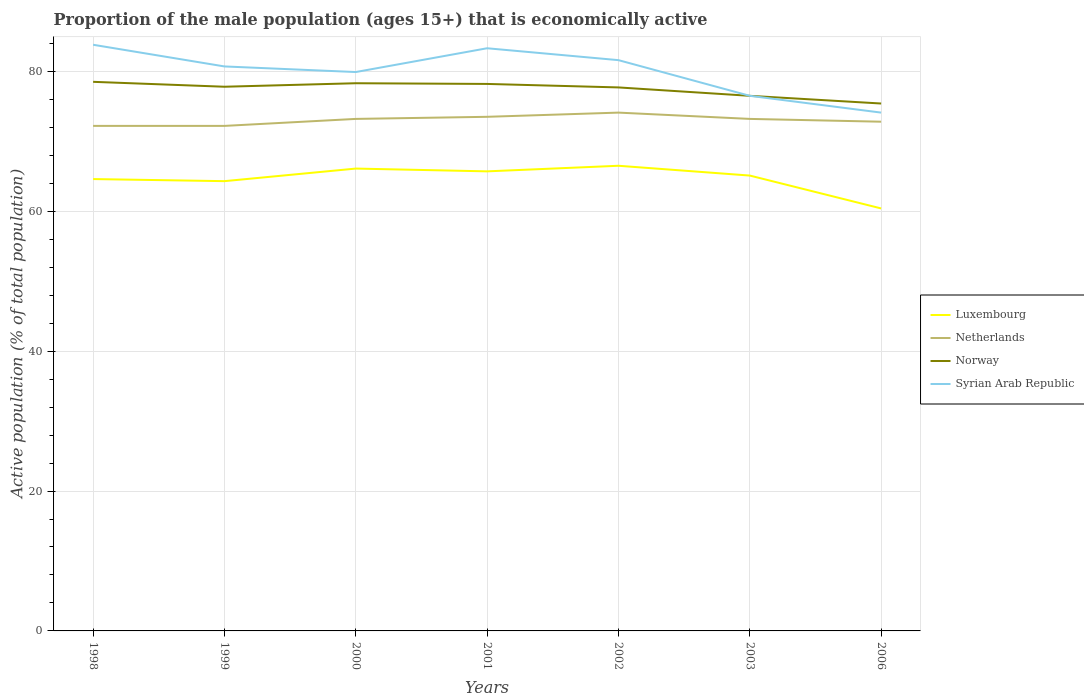
| Years | Luxembourg | Netherlands | Norway | Syrian Arab Republic |
 | --- | --- | --- | --- | --- |
 | 1998 | 64.6 | 72.2 | 78.5 | 83.8 |
 | 1999 | 64.3 | 72.2 | 77.8 | 80.7 |
 | 2000 | 66.1 | 73.2 | 78.3 | 79.9 |
 | 2001 | 65.7 | 73.5 | 78.2 | 83.3 |
 | 2002 | 66.5 | 74.1 | 77.7 | 81.6 |
 | 2003 | 65.1 | 73.2 | 76.5 | 76.5 |
 | 2006 | 60.4 | 72.8 | 75.4 | 74.1 |